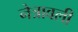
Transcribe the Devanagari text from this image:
नेत्रावली